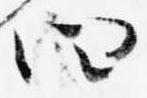
四